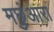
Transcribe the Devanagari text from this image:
मछुंआरा